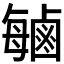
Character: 𫜈